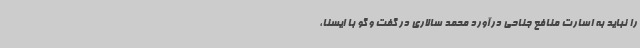
را نباید به اسارت منافع جناحی درآورد محمد سالاری در گفت و گو با ایسنا،